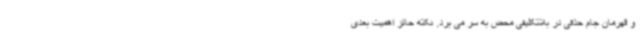
و قهرمان جام حذفی در بلاتکلیفی محض به سر می برد. نکته حائز اهمیت بعدی